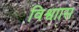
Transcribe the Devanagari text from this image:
विश्वाास